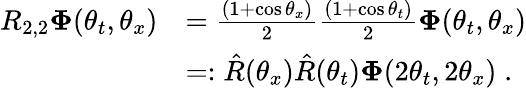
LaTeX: \begin{array}{rl}{R_{2,2}\boldsymbol{\Phi}(\theta_{t},\theta_{x})}&{=\frac{(1+\cos\theta_{x})}{2}\frac{(1+\cos\theta_{t})}{2}\boldsymbol{\Phi}(\theta_{t},\theta_{x})}\\ &{=:\hat{R}(\theta_{x})\hat{R}(\theta_{t})\boldsymbol{\Phi}(2\theta_{t},2\theta_{x})\; .}\end{array}